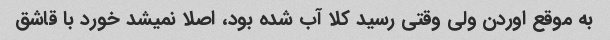
به موقع اوردن ولی وقتی رسید کلا آب شده بود، اصلا نمیشد خورد با قاشق